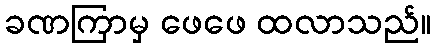
ခဏကြာမှ ဖေဖေ ထလာသည်။